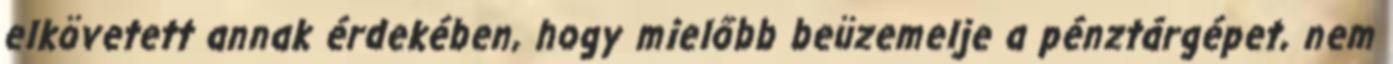
elkövetett annak érdekében, hogy mielőbb beüzemelje a pénztárgépet, nem